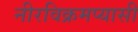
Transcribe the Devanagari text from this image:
नीरविक्रमप्यासी